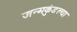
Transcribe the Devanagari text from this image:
जन्मकुंडल्या